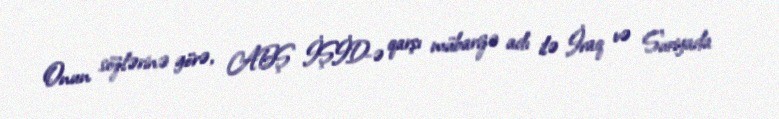
Onun sözlərinə görə, ABŞ İŞİD-ə qarşı mübarizə adı ilə İraq və Suriyada